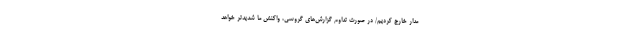
مدار خارج کردیم/ در صورت تداوم گزارش‌های گروسی، واکنش ما شدید‌تر خواهد